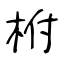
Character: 柎